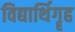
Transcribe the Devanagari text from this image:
विद्यार्थिगॄह